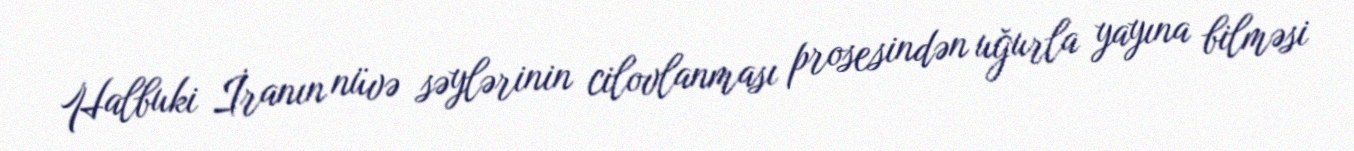
Halbuki İranın nüvə səylərinin cilovlanması prosesindən uğurla yayına bilməsi